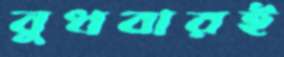
বুধবারই